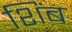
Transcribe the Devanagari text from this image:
शिंब